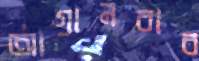
আগানবাব